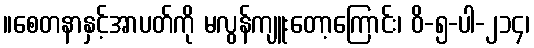
။စေတနာနှင့်အာပတ်ကို မလွန်ကျူးတော့ကြောင်း၊ ဝိ-၅-ပါ-၂၁၄၊